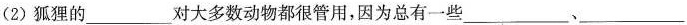
(2)狐狸的______对大多数动物都很管用，因为总有一些___、___